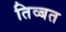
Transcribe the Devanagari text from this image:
तिव्बत